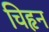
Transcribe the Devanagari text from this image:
चिहृन